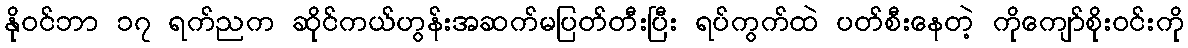
နိုဝင်ဘာ ၁၇ ရက်ညက ဆိုင်ကယ်ဟွန်းအဆက်မပြတ်တီးပြီး ရပ်ကွက်ထဲ ပတ်စီးနေတဲ့ ကိုကျော်စိုးဝင်းကို